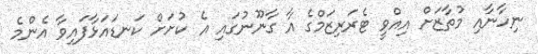
ނިހާނާއި މުތާޒަށް އިއްވީ ޓެރަރިޒަމްގެ އާ ގާނޫނުގައި އެ ކުށަށް ކަނޑައަޅާފައިވާ އެންމެ